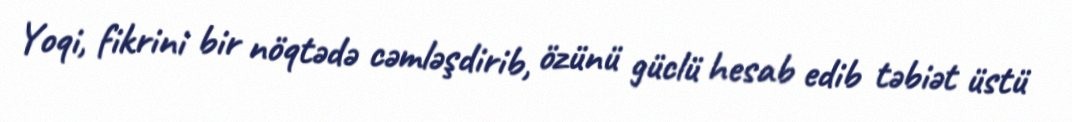
Yoqi, fikrini bir nöqtədə cəmləşdirib, özünü güclü hesab edib təbiət üstü